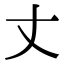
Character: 丈